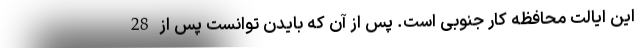
این ایالت محافظه کار جنوبی است. پس از آن که بایدن توانست پس از 28